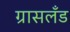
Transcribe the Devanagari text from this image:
ग्रासलँड